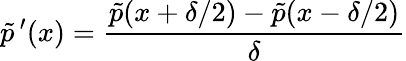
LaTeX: \tilde{p}\, ^{\prime}(x)=\frac{\tilde{p}(x+\delta/2)-\tilde{p}(x-\delta/2)}{\delta}